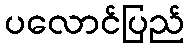
ပလောင်ပြည်